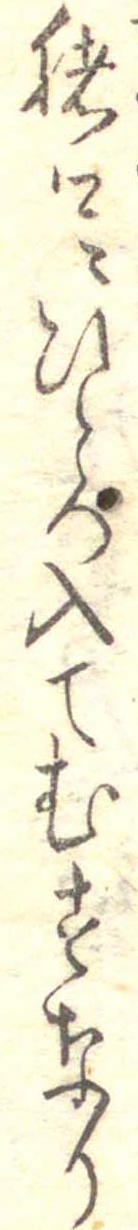
猪口にひとつ入てむすなり